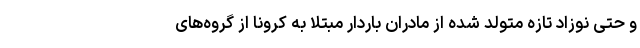
و حتی نوزاد تازه متولد شده از مادران باردار مبتلا به کرونا از گروه‌های